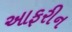
આફરીન